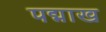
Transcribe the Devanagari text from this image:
पद्माख